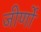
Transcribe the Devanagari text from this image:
जीर्णो